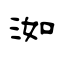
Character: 洳